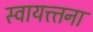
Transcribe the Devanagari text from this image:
स्वायत्त्तना